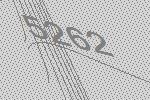
5262